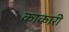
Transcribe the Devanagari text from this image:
काकारी